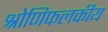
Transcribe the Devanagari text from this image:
श्रोणिफलकीय